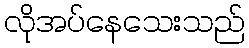
လိုအပ်နေသေးသည်